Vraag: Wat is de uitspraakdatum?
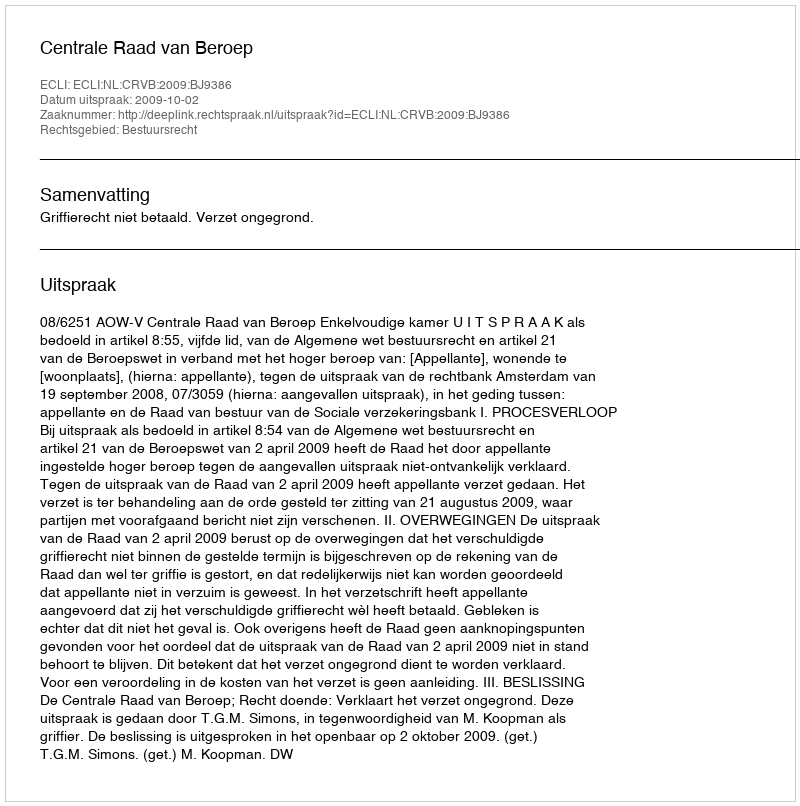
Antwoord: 2009-10-02